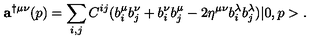
{ \bf a } ^ { \dag \mu \nu } ( p ) = \sum _ { i , j } C ^ { i j } ( b _ { i } ^ { \mu } b _ { j } ^ { \nu } + b _ { i } ^ { \nu } b _ { j } ^ { \mu } - 2 \eta ^ { \mu \nu } b _ { i } ^ { \lambda } b _ { j } ^ { \lambda } ) | 0 , p > .